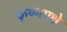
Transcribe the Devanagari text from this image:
कृष्णपक्षे